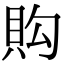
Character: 𧵈